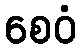
စေဝံ